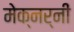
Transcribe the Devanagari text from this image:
मेक्नर्नी